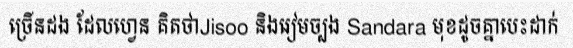
ច្រើនដង ដែលហ្វេន គិតថាJisoo និងរៀមច្បង Sandara មុខដូចគ្នាបេះដាក់